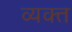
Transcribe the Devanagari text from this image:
व्‍यक्‍त